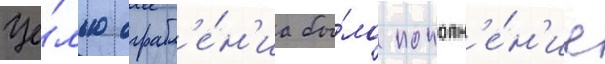
Це́лью ограбл'е́н'иа бы́ло пополн'е́н'ие